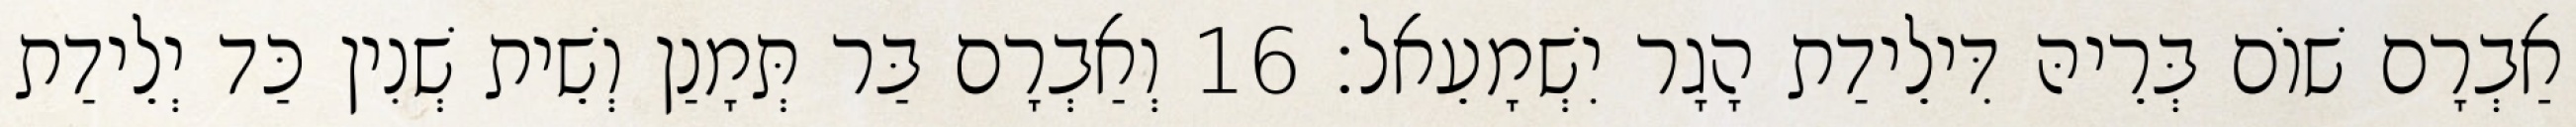
אַבְרָם שׁוֹם בְּרֵיהּ דִּילֵידַת הָגָר יִשְׁמָעֵאל׃ 16 וְאַבְרָם בַּר תְּמָנַן וְשֵׁית שְׁנִין כַּד יְלֵידַת